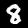
Label: 8